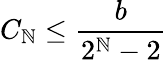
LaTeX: C_{\mathbb{N}}\leq\frac{{b}}{{2^{\mathbb{N}}-2}}